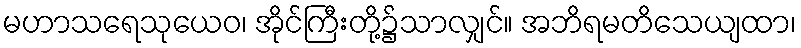
မဟာသရေသုယေဝ၊ အိုင်ကြီးတို့၌သာလျှင်။ အဘိရမတိသေယျထာ၊